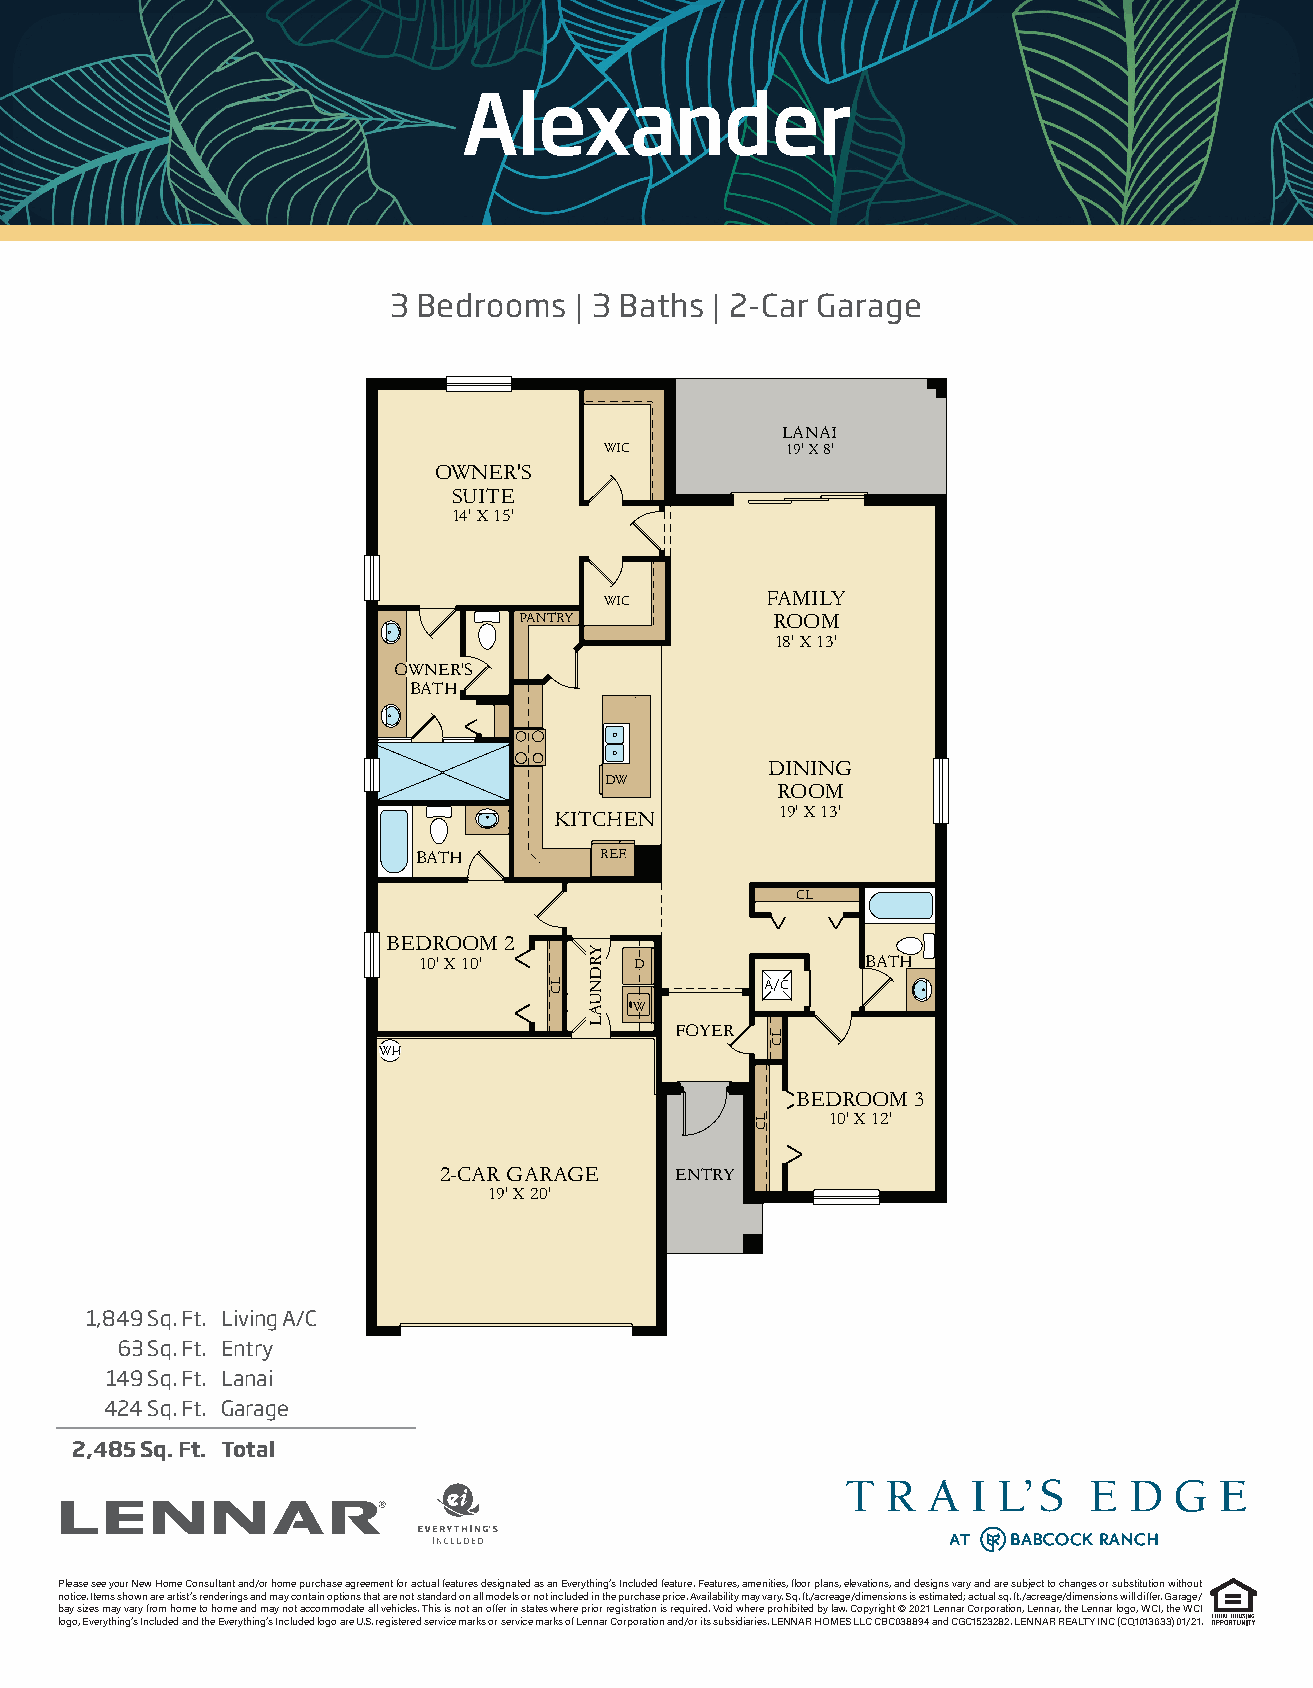
Alexander
 3 Bedrooms  | 3 Baths | 2-Car Garage
 1849-VENICE-V2
 LANAI
 WIC         19' X 8'
 OWNER'S
 SUITE
 14' X 15'
 WIC        FAMILY
 PANTRY           ROOM
 18' X 13'
 OWNER'S
 BATH
 DINING
 DW
 ROOM
 19' X 13'
 KITCHEN
 BATH        REF.
 CL
 BEDROOM 2
 10' X 10'     D              BATH
 A/C
 W
 FOYER
 WH
 BEDROOM 3
 10' X 12'
 2-CAR GARAGE    ENTRY
 19' X 20'
 1,849 Sq. Ft. Living A/C
 63 Sq. Ft. Entry
 149 Sq. Ft. Lanai
 424 Sq. Ft. Garage
 2,485 Sq. Ft. Total
 Please see your New Home Consultant and/or home purchase agreement for actual features designated as an Everything’s Included feature. Features, amenities, floor plans, elevations, and designs vary and are subject to changes or substitution without
 notice. Items shown are artist’s renderings and may contain options that are not standard on all models or not included in the purchase price. Availability may vary. Sq. ft./acreage/dimensions is estimated; actual sq. ft./acreage/dimensions will differ. Garage/
 bay sizes may vary from home to home and may not accommodate all vehicles. This is not an offer in states where prior registration is required. Void where prohibited by law. Copyright © 2021 Lennar Corporation, Lennar, the Lennar logo, WCI, the WCI
 logo, Everything’s Included and the Everything’s Included logo are U.S. registered service marks or service marks of Lennar Corporation and/or its subsidiaries. LENNAR HOMES LLC CBC038894 and CGC1523282. LENNAR REALTY INC (CQ1013633) 01/21.
 LC
 YRDNUAL
 LC
 LC